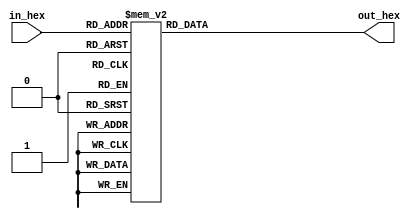
module convert_hex (
	input [3:0] in_hex,
	output reg [6:0] out_hex
);
	always @(*) begin
		case (in_hex)
			4'h0: out_hex = 7'b1000000;
			4'h1: out_hex = 7'b1111001;
			4'h2: out_hex = 7'b0100100;
			4'h3: out_hex = 7'b0110000;
			4'h4: out_hex = 7'b0011001;
			4'h5: out_hex = 7'b0010010;
			4'h6: out_hex = 7'b0000010;
			4'h7: out_hex = 7'b1111000;
			4'h8: out_hex = 7'b0000000;
			4'h9: out_hex = 7'b0010000;
			4'hA: out_hex = 7'b0001000;
			4'hB: out_hex = 7'b0000011;
			4'hC: out_hex = 7'b1000110;
			4'hD: out_hex = 7'b0100001;
			4'hE: out_hex = 7'b0000110;
			4'hF: out_hex = 7'b0001110;
		endcase
	end
endmodule